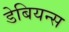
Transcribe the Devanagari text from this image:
डेबियन्स